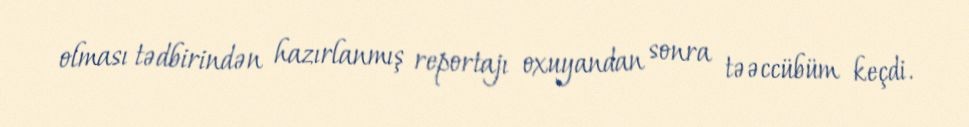
olması tədbirindən hazırlanmış reportajı oxuyandan sonra təəccübüm keçdi.